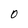
Character: 0